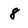
Character: 8